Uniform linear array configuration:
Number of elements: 8
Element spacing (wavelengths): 0.5
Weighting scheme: hann
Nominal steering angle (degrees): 30
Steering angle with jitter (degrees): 30.007
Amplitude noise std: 0.05
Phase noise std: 0.05

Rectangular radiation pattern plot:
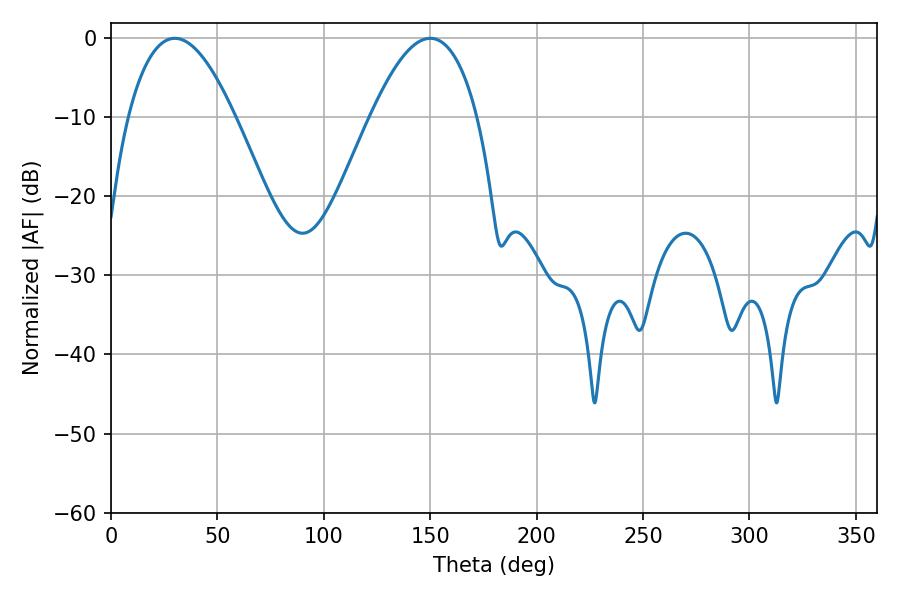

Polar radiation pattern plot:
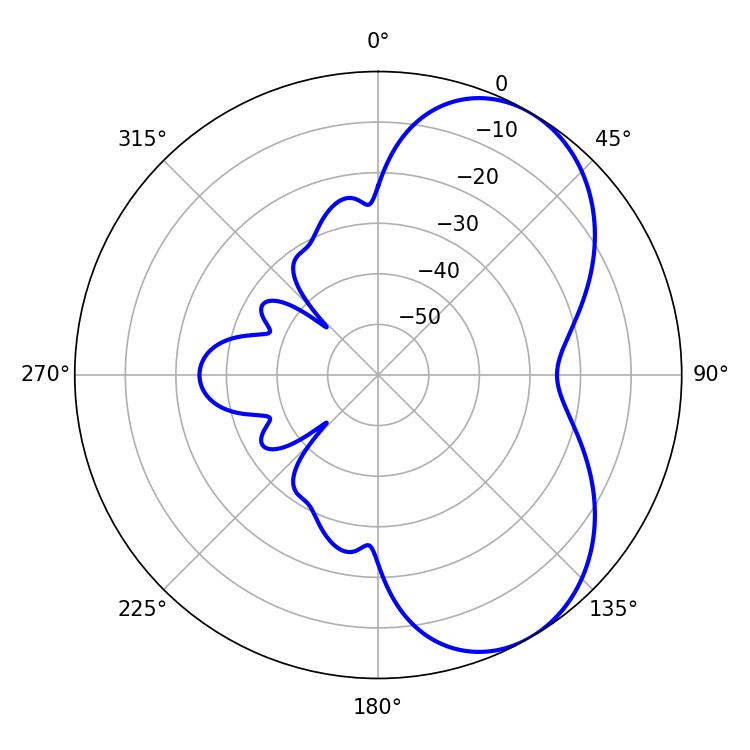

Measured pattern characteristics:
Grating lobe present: FALSE
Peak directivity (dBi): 5.701
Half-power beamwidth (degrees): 27.36
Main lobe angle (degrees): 30.06